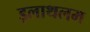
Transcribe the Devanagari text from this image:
इलाथलम